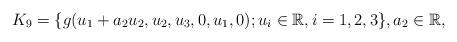
LaTeX: \begin{align*} K_{9}=\{g(u_1+a_2u_2,u_2,u_3,0,u_1,0);u_i \in \mathbb R, i=1,2,3 \}, a_2\in \mathbb R, \end{align*}